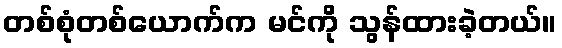
တစ်စုံတစ်ယောက်က မင်ကို သွန်ထားခဲ့တယ်။